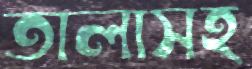
তালাসহ